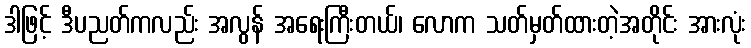
ဒါဖြင့် ဒီပညတ်ကလည်း အလွန် အရေးကြီးတယ်၊ လောက သတ်မှတ်ထားတဲ့အတိုင်း အားလုံး